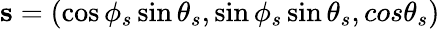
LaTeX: {\mathbf s}=(\cos\phi_{s}\sin\theta_{s},\sin\phi_{s}\sin\theta_{s},cos\theta_{s})